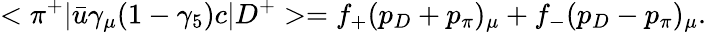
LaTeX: <\pi^{+}|\bar{u}\gamma_{\mu}(1-\gamma_{5})c|D^{+}>=f_{+}(p_{D}+p_{\pi})_{\mu}+f_{-}(p_{D}-p_{\pi})_{\mu}.